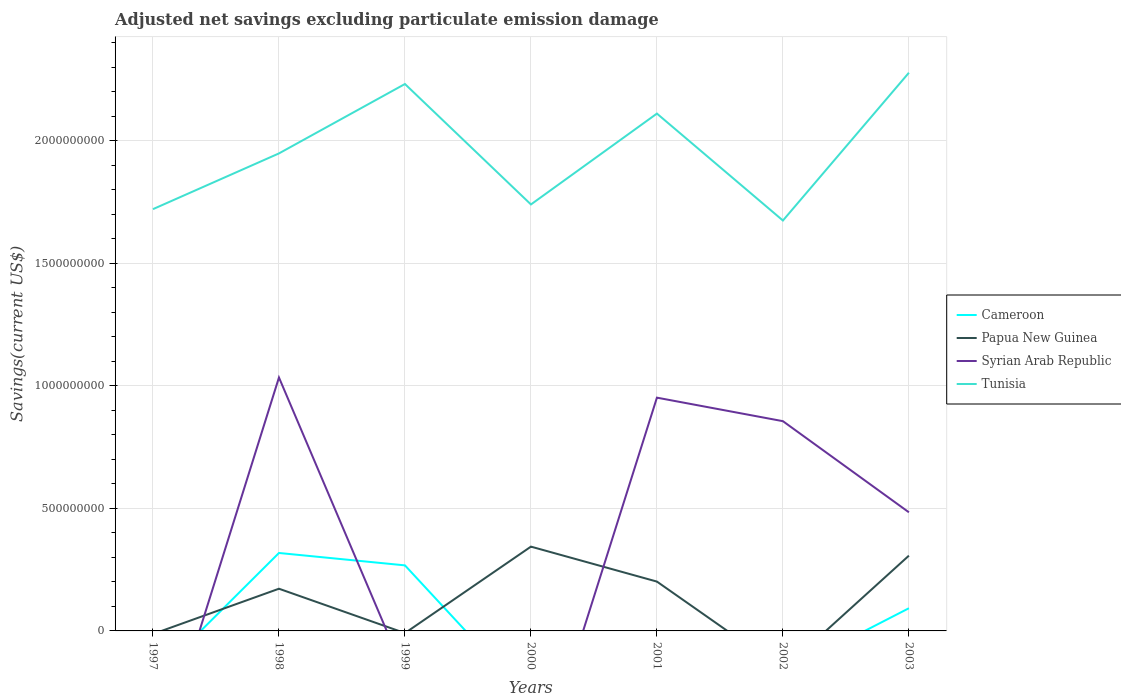
| Years | Cameroon | Papua New Guinea | Syrian Arab Republic | Tunisia |
 | --- | --- | --- | --- | --- |
 | 1997 | -1.94e+08 | -1.25e+07 | -6.05e+08 | 1.72e+09 |
 | 1998 | 3.18e+08 | 1.72e+08 | 1.03e+09 | 1.95e+09 |
 | 1999 | 2.67e+08 | -8.86e+06 | -1.74e+08 | 2.23e+09 |
 | 2000 | -2.87e+08 | 3.44e+08 | -6.73e+08 | 1.74e+09 |
 | 2001 | -2.42e+08 | 2.01e+08 | 9.51e+08 | 2.11e+09 |
 | 2002 | -1.72e+08 | -1.59e+08 | 8.56e+08 | 1.67e+09 |
 | 2003 | 9.25e+07 | 3.07e+08 | 4.84e+08 | 2.28e+09 |